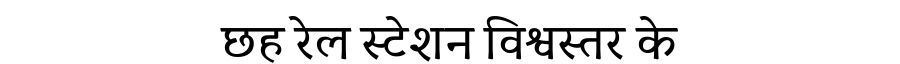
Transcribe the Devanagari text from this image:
छह रेल स्टेशन विश्वस्तर के